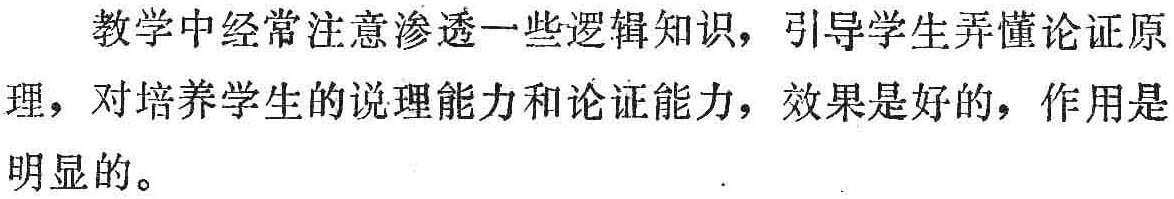
教学中经常注意渗透一些逻辑知识，引导学生弄懂论证原理，对培养学生的说理能力和论证能力，效果是好的，作用是明显的。